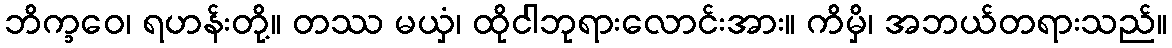
ဘိက္ခဝေ၊ ရဟန်းတို့။ တဿ မယှံ၊ ထိုငါဘုရားလောင်းအား။ ကိမှိ၊ အဘယ်တရားသည်။